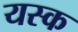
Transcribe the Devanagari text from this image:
यस्क